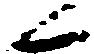
候